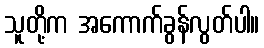
သူတို့က အကောက်ခွန်လွတ်ပါ။